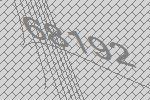
68192